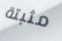
مثبتة